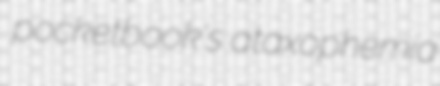
pocketbook's ataxophemia